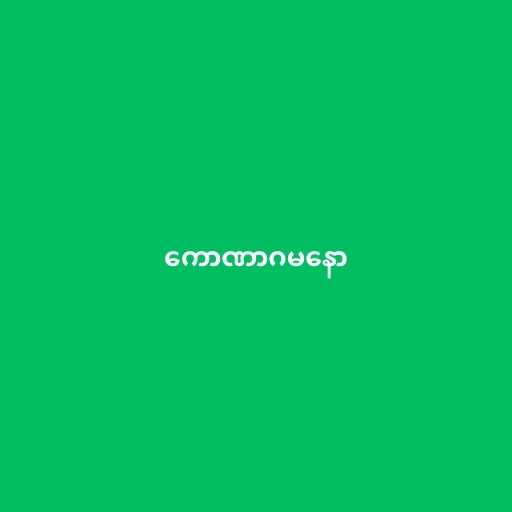
ကောဏာဂမနော